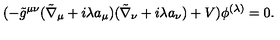
( - \tilde { g } ^ { \mu \nu } ( \tilde { \nabla } _ { \mu } + i \lambda a _ { \mu } ) ( \tilde { \nabla } _ { \nu } + i \lambda a _ { \nu } ) + V ) \phi ^ { ( \lambda ) } = 0 .